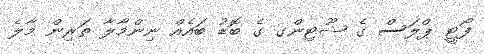
ފޯޓީ ޕްލަސް ގެ ޝޫޓިންގ ގެ ބޮޑު ބައެއް ނިންމާލާ ތަރިން މާލެ